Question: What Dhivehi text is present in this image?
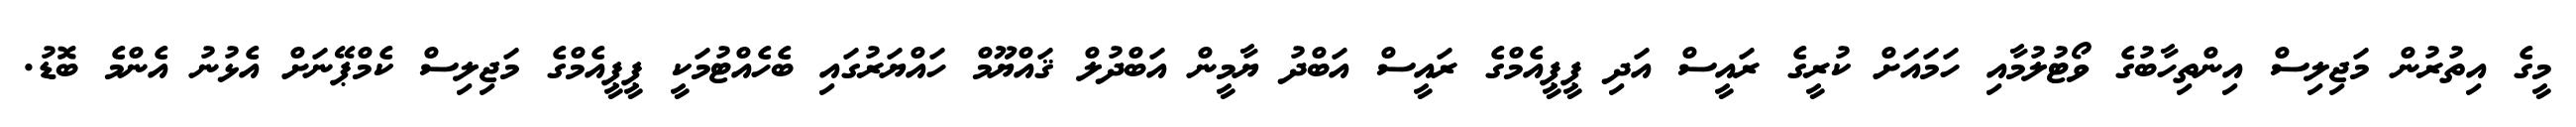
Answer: މީގެ އިތުރުން މަޖިލިސް އިންތިހާބުގެ ވޯޓުލުމާއި ހަމައަށް ކުރީގެ ރައީސް އަދި ޕީޕީއެމްގެ ރައީސް އަބްދު ޔާމީން އަބްދުލް ޤައްޔޫމް ހައްޔަރުގައި ބެހެއްޓުމަކީ ޕީޕީއެމްގެ މަޖިލިސް ކެމްޕޭނަށް އެޅުނު އެންމެ ބޮޑު.